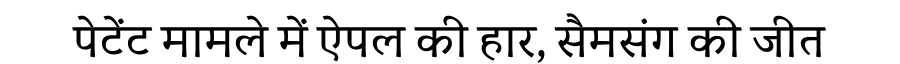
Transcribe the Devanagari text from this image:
पेटेंट मामले में ऐपल की हार, सैमसंग की जीत